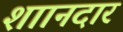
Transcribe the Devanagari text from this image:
शाानदार